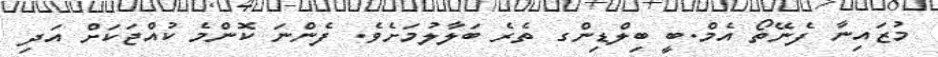
މުޒައިނާ ފެނޭތޯ އެމް.ބީ ބިލްޑިންގ ތެރެ ބަލާލުމަށެވެ. ފެންނަ ކޮންމެ ކުއްޖަކަށް އަދި